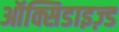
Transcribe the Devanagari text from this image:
ऑक्सिडाइज़्ड